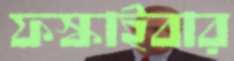
ফস্‌কাইবার